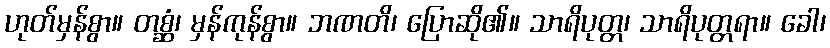
ဟုတ်မှန်စွာ။ တစ္ဆံ၊ မှန်ကုန်စွာ။ ဘဏတိ၊ ပြောဆို၏။ သာရိပုတ္တ၊ သာရိပုတ္တရာ။ ခေါ၊